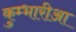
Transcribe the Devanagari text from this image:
कुम्भारीआ